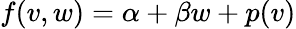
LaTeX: f(v,w)=\alpha+\beta w+p(v)